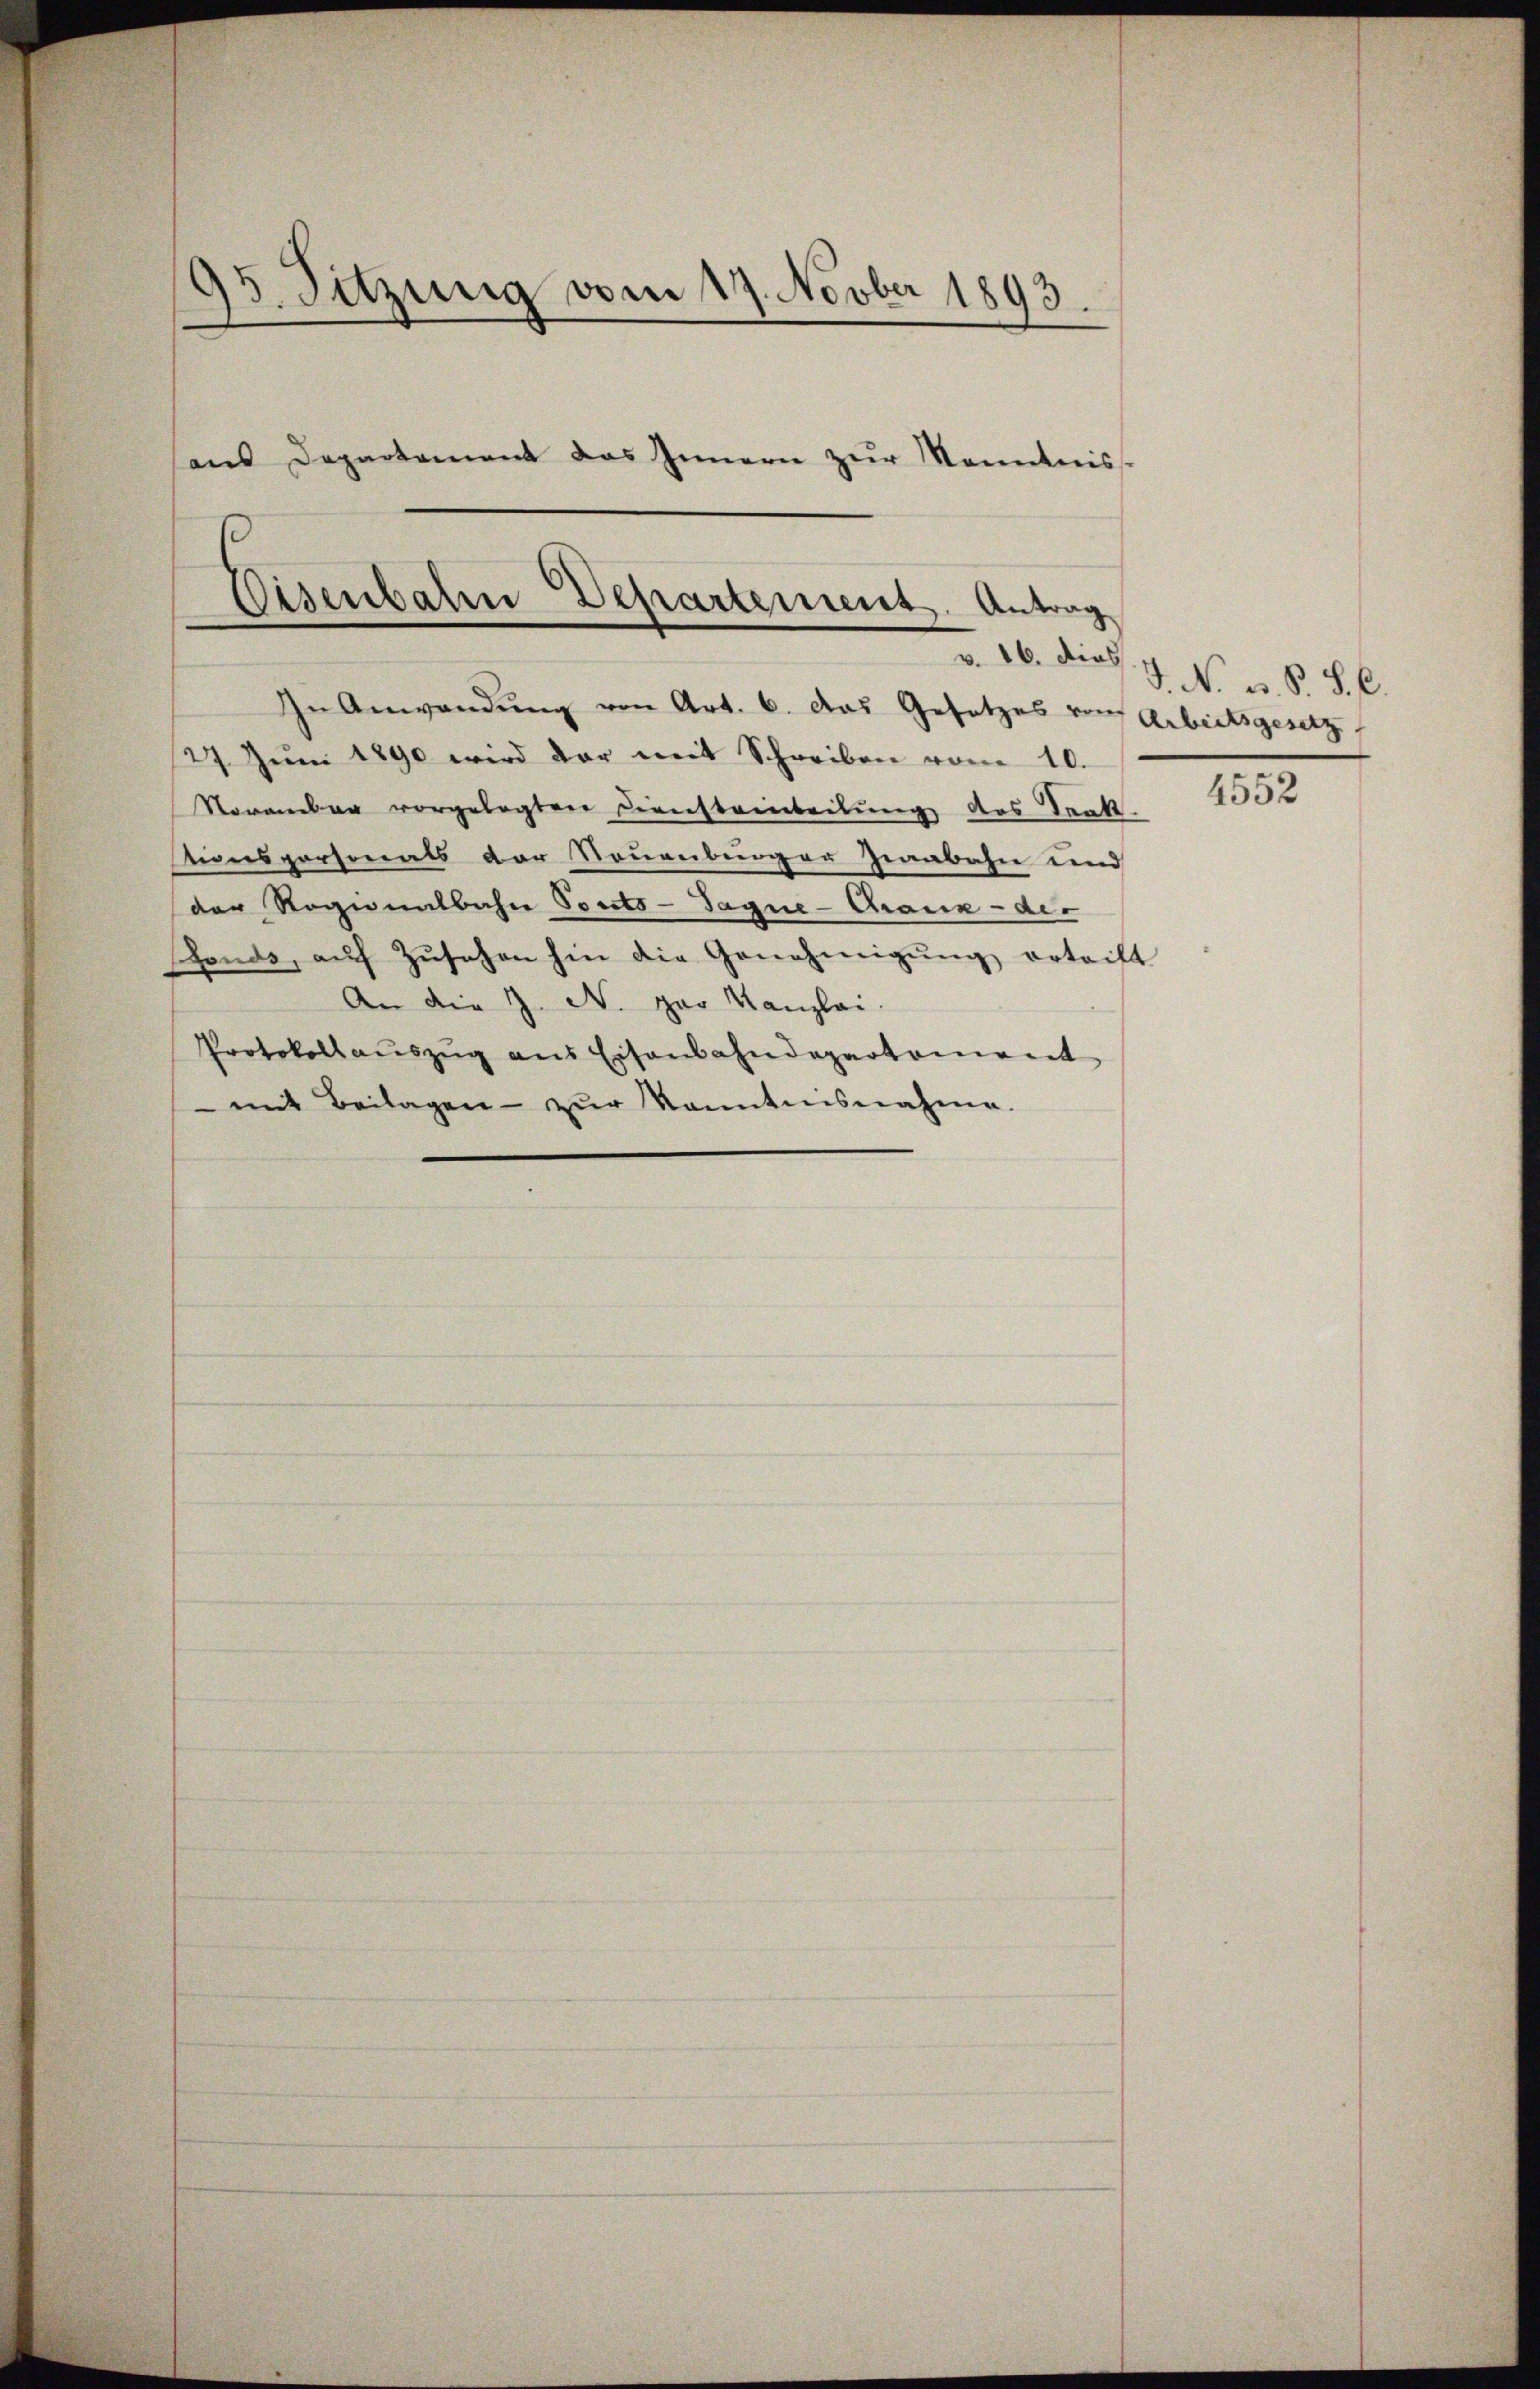
95. Sitzung vom 17. Novber 1893.
aus Departement das Innern zur Kenntniss

Eisenbahn Departement. Antrag

v. 16. die l. J. N. v. S. S. C.

In Anwendung von Art. 6. Das Gesetzes von Arbeitsgesetz,
27. Jŭni 1890 wird der mit Schreiben vom 10.
November vorgelegten Dienstanteilung des Trakt.
sionspersonals der Neuenburger Zieabahn und
der Ragionalbahn Posts-Tagne-Chaux-de-
Gonds, aŭf Zŭsehen hin die Genehmigŭng ertrift
An die Z. N. par Kanzlei.
Protokollauszug aus Eisenbahndepartement
mit Beilagen zŭr kanntnisnahme.

4552